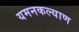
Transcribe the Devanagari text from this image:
यमनकल्याण